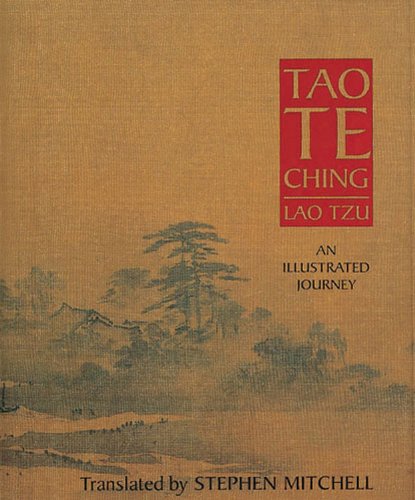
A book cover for Tao Te Ching: An Illustrated Journey; Lao Tzu; Religion & Spirituality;